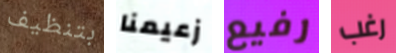
بتنظيف زعيمنا رفيع رغب